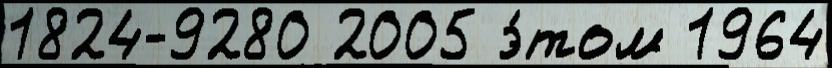
1824-9280 2005 э́том 1964